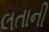
લતાની